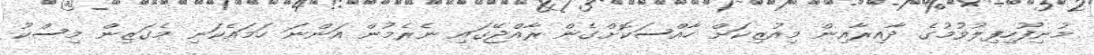
މުނިފޫހިފިލުވުމުގެ ދާއިރާއިން މިއުޒިކަށް ހާއްސަކޮށްގެން ރާއްޖޭގައި ނެރެމުން އަންނަ ހަމައެކަނި މެގަޒިން މިސްކު